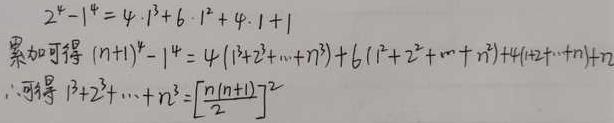
\[
\begin{align*}
2^{4}-1^{4}&=4\cdot1^{3}+6\cdot1^{2}+4\cdot1 + 1\\
&\text{累加可得 }(n + 1)^{4}-1^{4}=4(1^{3}+2^{3}+\cdots + n^{3})+6(1^{2}+2^{2}+\cdots + n^{2})+4(1 + 2+\cdots + n)+n\\
&\therefore\text{可得 }1^{3}+2^{3}+\cdots + n^{3}=\left[\frac{n(n + 1)}{2}\right]^{2}
\end{align*}
\]